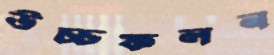
উচ্চফলন